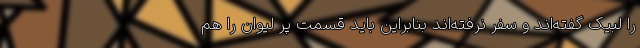
را لبیک گفته‌اند و سفر نرفته‌اند بنابراین باید قسمت پر لیوان را هم